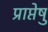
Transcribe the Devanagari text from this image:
प्राप्तेषु